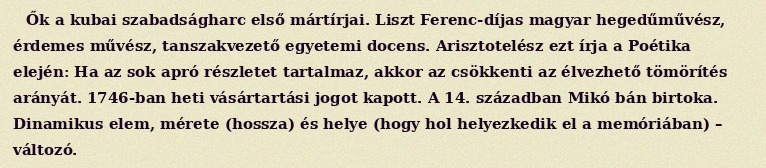
Ők a kubai szabadságharc első mártírjai. Liszt Ferenc-díjas magyar hegedűművész, érdemes művész, tanszakvezető egyetemi docens. Arisztotelész ezt írja a Poétika elején: Ha az sok apró részletet tartalmaz, akkor az csökkenti az élvezhető tömörítés arányát. 1746-ban heti vásártartási jogot kapott. A 14. században Mikó bán birtoka. Dinamikus elem, mérete (hossza) és helye (hogy hol helyezkedik el a memóriában) – változó.